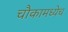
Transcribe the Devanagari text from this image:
चौकामध्येच